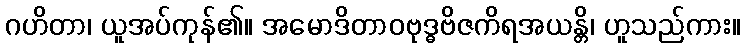
ဂဟိတာ၊ ယူအပ်ကုန်၏။ အမောဒိတာဝဗုဒ္ဓဗိဇကိရအယန္တိ၊ ဟူသည်ကား။